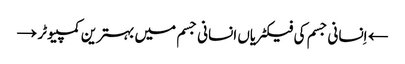
← اِنسانی جسم کی فیکٹریاں انسانی جسم میں بہترین کمپیوٹر →